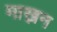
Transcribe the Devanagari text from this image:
माख्नन